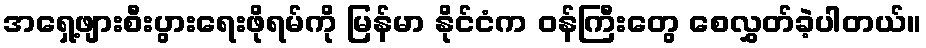
အရှေ့ဖျားစီးပွားရေးဖိုရမ်ကို မြန်မာ နိုင်ငံက ဝန်ကြီးတွေ စေလွှတ်ခဲ့ပါတယ်။